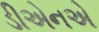
ડીએનએ